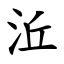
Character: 㳋